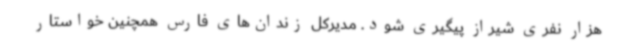
هزار نفری شیراز پیگیری شود. مدیرکل زندان‌های فارس همچنین خواستار